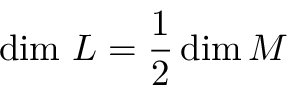
{ \mathrm { d i m ~ } } L = { \frac { 1 } { 2 } } \dim M